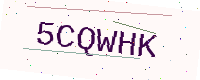
Text: 5CQWHK